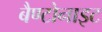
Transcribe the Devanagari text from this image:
बैण्टोनाइट